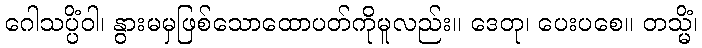
ဂေါသပ္ပိံဝါ၊ နွားမမှဖြစ်သောထောပတ်ကိုမူလည်း။ ဒေတု၊ ပေးပစေ။ တသ္မိံ၊